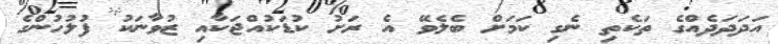
އަދަދަދެއްގެ ތަކެތި ނެގި ކަމަށް ބެލެވޭ އެ ރަށު ކުޑަކުއްޖަކާއި ޒުވާނަކު ފުލުހުންގެ